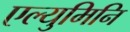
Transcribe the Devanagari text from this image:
एल्युमिनि